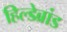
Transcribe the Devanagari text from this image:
हिल्डेब्रांड